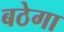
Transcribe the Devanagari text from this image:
बठेगा